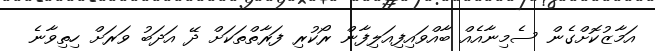
އަމާޒުކޮށްގެން ސެމިނާއެއް ބާއްވައިފިއަލިފާން ރޯކުރި ފަރާތްތަކަށް ދޭ އަދަބު ވަރަށް ހިތިވާނެ